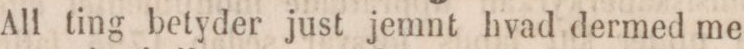
All ting betyder just jemnt hvad dermed me